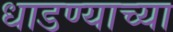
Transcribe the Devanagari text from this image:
धाडण्याच्या